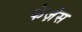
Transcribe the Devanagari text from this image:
केज़ेस